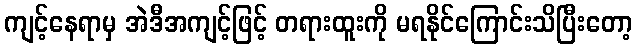
ကျင့်နေရာမှ အဲဒီအကျင့်ဖြင့် တရားထူးကို မရနိုင်ကြောင်းသိပြီးတော့